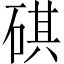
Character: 䃆